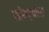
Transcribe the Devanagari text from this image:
जोम्हवंल।